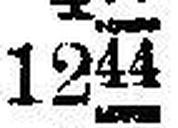
1244